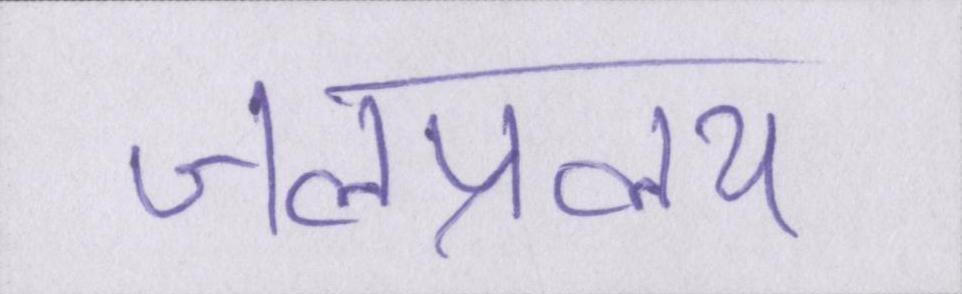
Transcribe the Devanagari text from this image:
जलप्रलय